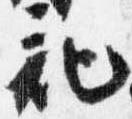
記